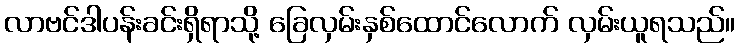
လာဗင်ဒါပန်းခင်းရှိရာသို့ ခြေလှမ်းနှစ်ထောင်လောက် လှမ်းယူရသည်။